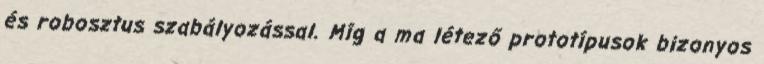
és robosztus szabályozással. Míg a ma létező prototípusok bizonyos